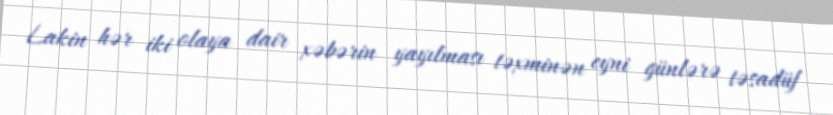
Lakin hər iki olaya dair xəbərin yayılması təxminən eyni günlərə təsadüf